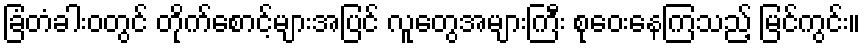
ခြံတံခါးဝတွင် တိုက်စောင့်များအပြင် လူတွေအများကြီး စုဝေးနေကြသည့် မြင်ကွင်း။